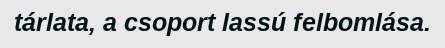
tárlata, a csoport lassú felbomlása.